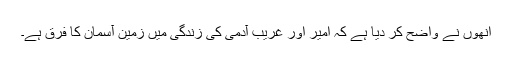
انھوں نے واضح کر دیا ہے کہ امیر اور غریب آدمی کی زندگی میں زمین آسمان کا فرق ہے۔